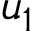
u _ { 1 }